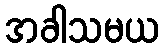
အခါသမယ